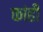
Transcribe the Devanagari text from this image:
कांढी